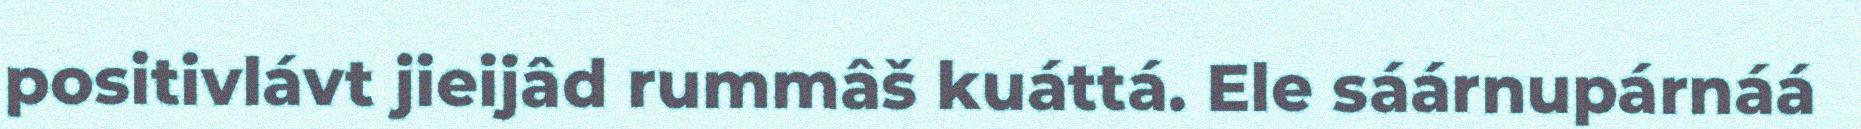
positivlávt jieijâd rummâš kuáttá. Ele sáárnupárnáá